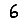
Digit: 6